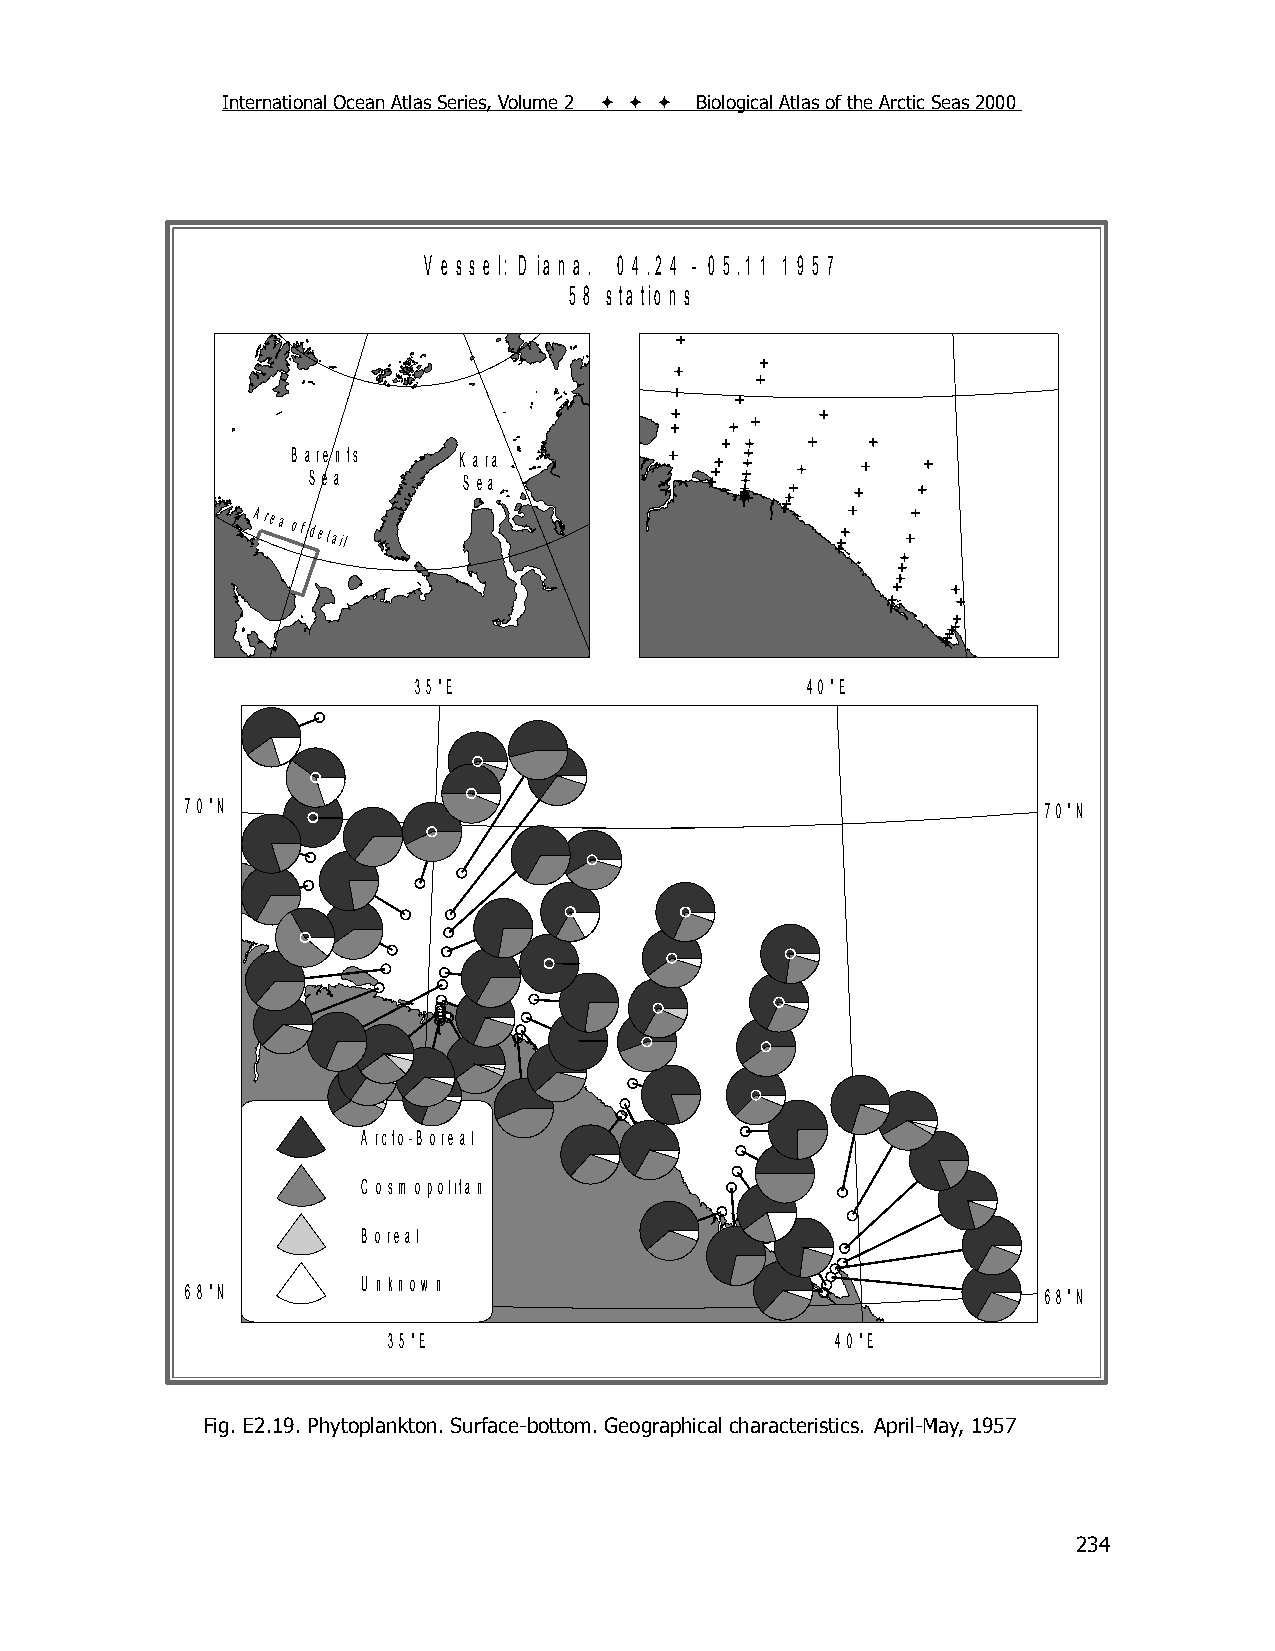
International Ocean Atlas Series, Volume 2    Biological Atlas of the Arctic Seas 2000
 V e s s e l: D ia n a . 0 4 .2 4 - 0 5 .1 1 1 9 5 7
 5 8 s ta tio n s
 B a re n ts K a ra
 S e a      S e a
 Area
 of detail
 3 5 °E                    4 0 °E
 7 0 °N                                                   7 0 °N
 A rcto -B o re a l
 C o sm o p o lita n
 B o re a l
 U n kn o w n
 6 8 °N                                                   6 8 °N
 3 5 °E                       4 0 °E
 Fig. E2.19. Phytoplankton. Surface-bottom. Geographical characteristics. April-May, 1957
 234